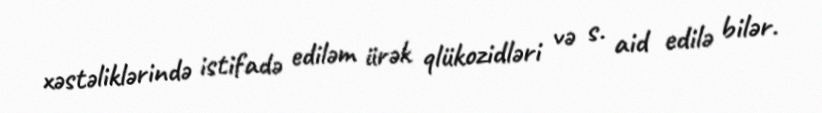
xəstəliklərində istifadə ediləm ürək qlükozidləri və s. aid edilə bilər.